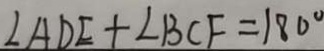
\angle A D E + \angle B C F = 1 8 0 ^ { \circ }